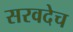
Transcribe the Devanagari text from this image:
सरवदेच